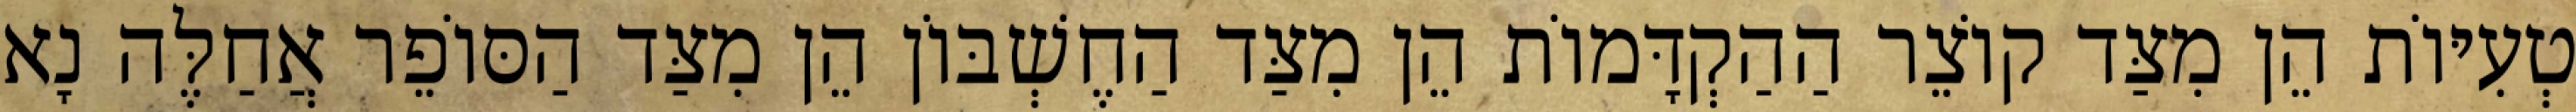
טְעִיּוֹת הֵן מִצַּד קוֹצֵר הַהַקְדָּמוֹת הֵן מִצַּד הַחֶשְׁבּוֹן הֵן מִצַּד הַסּוֹפֵר אֲחַלֶּה נָא